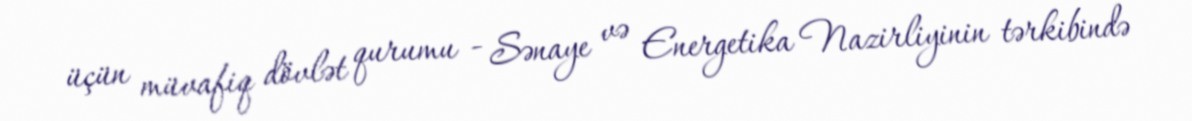
üçün müvafiq dövlət qurumu - Sənaye və Energetika Nazirliyinin tərkibində